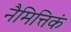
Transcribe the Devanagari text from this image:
नैमित्तिकं